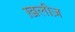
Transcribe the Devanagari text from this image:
ख़लीज़